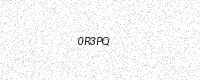
Text: 0R3PQ